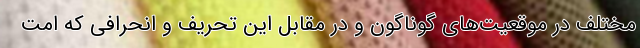
مختلف در موقعیت‌های گوناگون و در مقابل این تحریف و انحرافی که امت